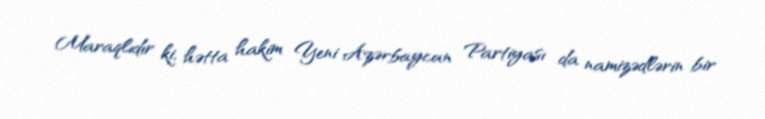
Maraqlıdır ki, hətta hakim Yeni Azərbaycan Partiyası da namizədlərin bir